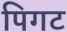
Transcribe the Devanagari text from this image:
पिगट